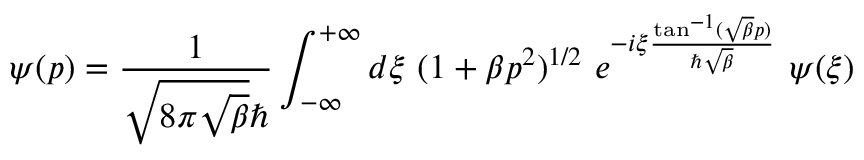
\psi ( p ) = \frac { 1 } { \sqrt { 8 \pi \sqrt { \beta } } \hbar } \int _ { - \infty } ^ { + \infty } d { \xi } { \mathrm { ~ } } ( 1 + \beta p ^ { 2 } ) ^ { 1 / 2 } { \mathrm { ~ } } e ^ { - i { \xi } \frac { \tan ^ { - 1 } ( \sqrt { \beta } p ) } { \hbar \sqrt { \beta } } } { \mathrm { ~ } } \psi ( { \xi } )